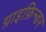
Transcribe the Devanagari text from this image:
ग्राइफ़िन्डर